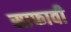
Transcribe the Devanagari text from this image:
साफावी